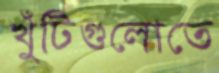
খুঁটিগুলোতে